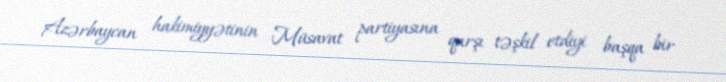
Azərbaycan hakimiyyətinin Müsavat partiyasına qarşı təşkil etdiyi başqa bir